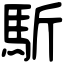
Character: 馸